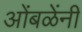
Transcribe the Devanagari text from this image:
ओंबळेंनी